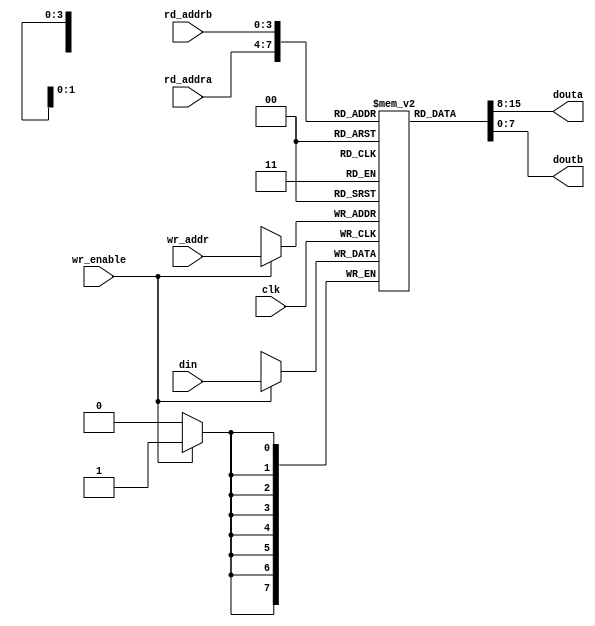
`timescale 1ns / 1ps
//////////////////////////////////////////////////////////////////////////////////
// Company: 
// Engineer: 
// 
// Design Name: 
// Module Name: register_file
// Project Name: 
// Target Devices: 
// Tool Versions: 
// Description: 
// 
// Dependencies: 
// 
// Revision:
// Revision 0.01 - File Created
// Additional Comments:
// 
//////////////////////////////////////////////////////////////////////////////////


module register_file #(
        parameter M = 4,
        parameter N = 16,
        parameter W = 8   
    )
    (
        input clk,
        input wr_enable,
        input [W - 1: 0] din,
        input [M - 1: 0] rd_addra,
        input [M - 1: 0] rd_addrb,
        input [M - 1: 0] wr_addr,
        output[W - 1: 0] douta, 
        output [W - 1: 0] doutb
    );
    
    reg[W - 1: 0] reg_file[N - 1: 0];
    
    assign douta = reg_file[rd_addra];
    assign doutb = reg_file[rd_addrb];
    
    always @(posedge clk)
        if(wr_enable) reg_file[wr_addr] <= din;
        
endmodule